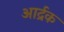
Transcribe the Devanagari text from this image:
आर्द्रक